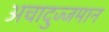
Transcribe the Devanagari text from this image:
अचादुज्जमान